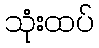
သုံးထပ်